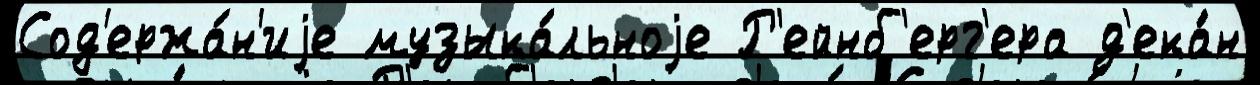
Сод'ержа́н'иjе музыка́льноjе Р'ейнб'ерг'ера д'ека́н